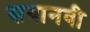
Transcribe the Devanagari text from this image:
सयानवी